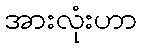
အားလုံးဟာ